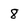
Character: 8